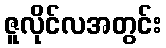
ဇူလိုင်လအတွင်း